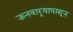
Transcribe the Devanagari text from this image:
ऊनवार्‍यापासून